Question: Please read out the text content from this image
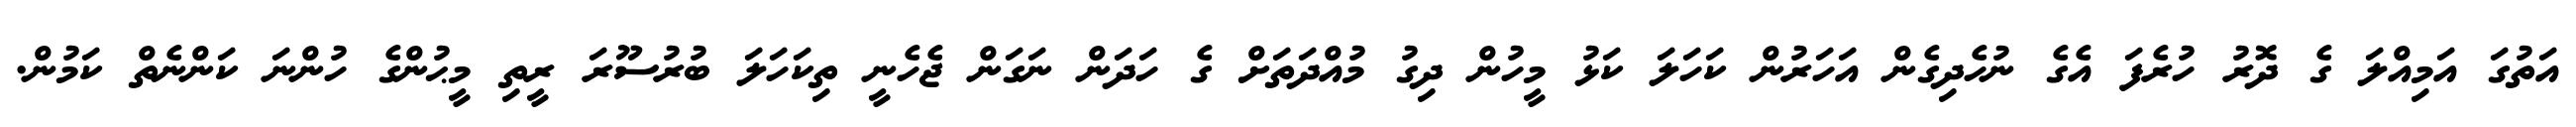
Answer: އަތުގަ އަމިއްލަ ގެ ދޮރު ހުރެފަ އެގެ ނުހެދިގެން އަހަރުން ކަހަލަ ކަޅު މީހުން ދިގު މުއްދަތަށް ގެ ހަދަން ނަގަން ޖެހެނީ ތިކަހަލަ ބުރުސޫރަ ރީތި މީޙުންގެ ހުންނަ ކަންނެތް ކަމުން.